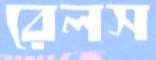
রেলস